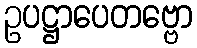
ဥပဋ္ဌာပေတဗ္ဗော